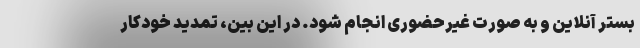
بستر آنلاین و به صورت غیرحضوری انجام شود. در این بین، تمدید خودکار